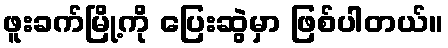
ဖူးခက်မြို့ကို ပြေးဆွဲမှာ ဖြစ်ပါတယ်။